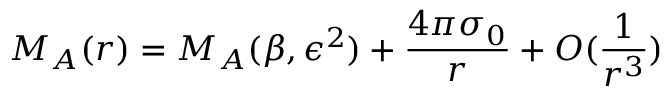
M _ { A } ( r ) = M _ { A } ( \beta , \epsilon ^ { 2 } ) + \frac { 4 \pi \sigma _ { 0 } } { r } + O ( \frac { 1 } { r ^ { 3 } } )